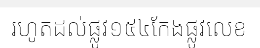
រហូតដល់ផ្លូវ១៥៤កែងផ្លូវលេខ